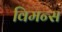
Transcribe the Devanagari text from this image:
विमन्स